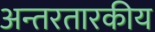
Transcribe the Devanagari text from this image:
अन्तरतारकीय